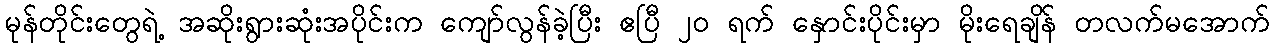
မုန်တိုင်းတွေရဲ့ အဆိုးရွားဆုံးအပိုင်းက ကျော်လွန်ခဲ့ပြီး ဧပြီ ၂၀ ရက် နှောင်းပိုင်းမှာ မိုးရေချိန် တလက်မအောက်